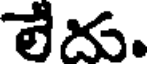
లేదు.